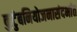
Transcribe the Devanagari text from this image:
कुटुंबनियोजनासंदर्भात